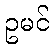
ဥမင်